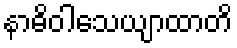
နာဓိဝါသေယျာထာတိ